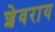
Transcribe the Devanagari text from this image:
शेवराय